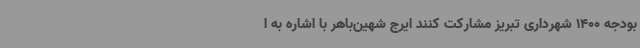
بودجه 1400 شهرداری تبریز مشارکت کنند ایرج شهین‌باهر با اشاره به ا